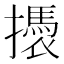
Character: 𢷭